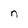
Character: n